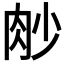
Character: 𦙧